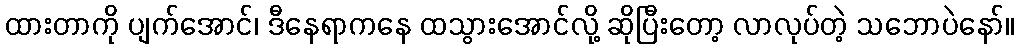
ထားတာကို ပျက်အောင်၊ ဒီနေရာကနေ ထသွားအောင်လို့ ဆိုပြီးတော့ လာလုပ်တဲ့ သဘောပဲနော်။